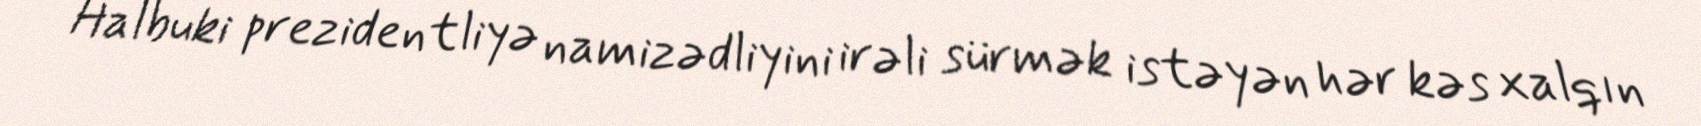
Halbuki prezidentliyə namizədliyini irəli sürmək istəyən hər kəs xalqın